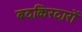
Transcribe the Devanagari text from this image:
बदकिरदारों